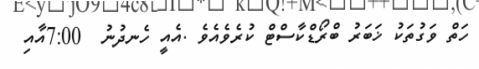
ހަތް ވަގުތަކު ޚަބަރު ބްރޯޑްކާސްޓް ކުރެވެއެވެ .އެއީ ހެނދުނު  7:00އާއި